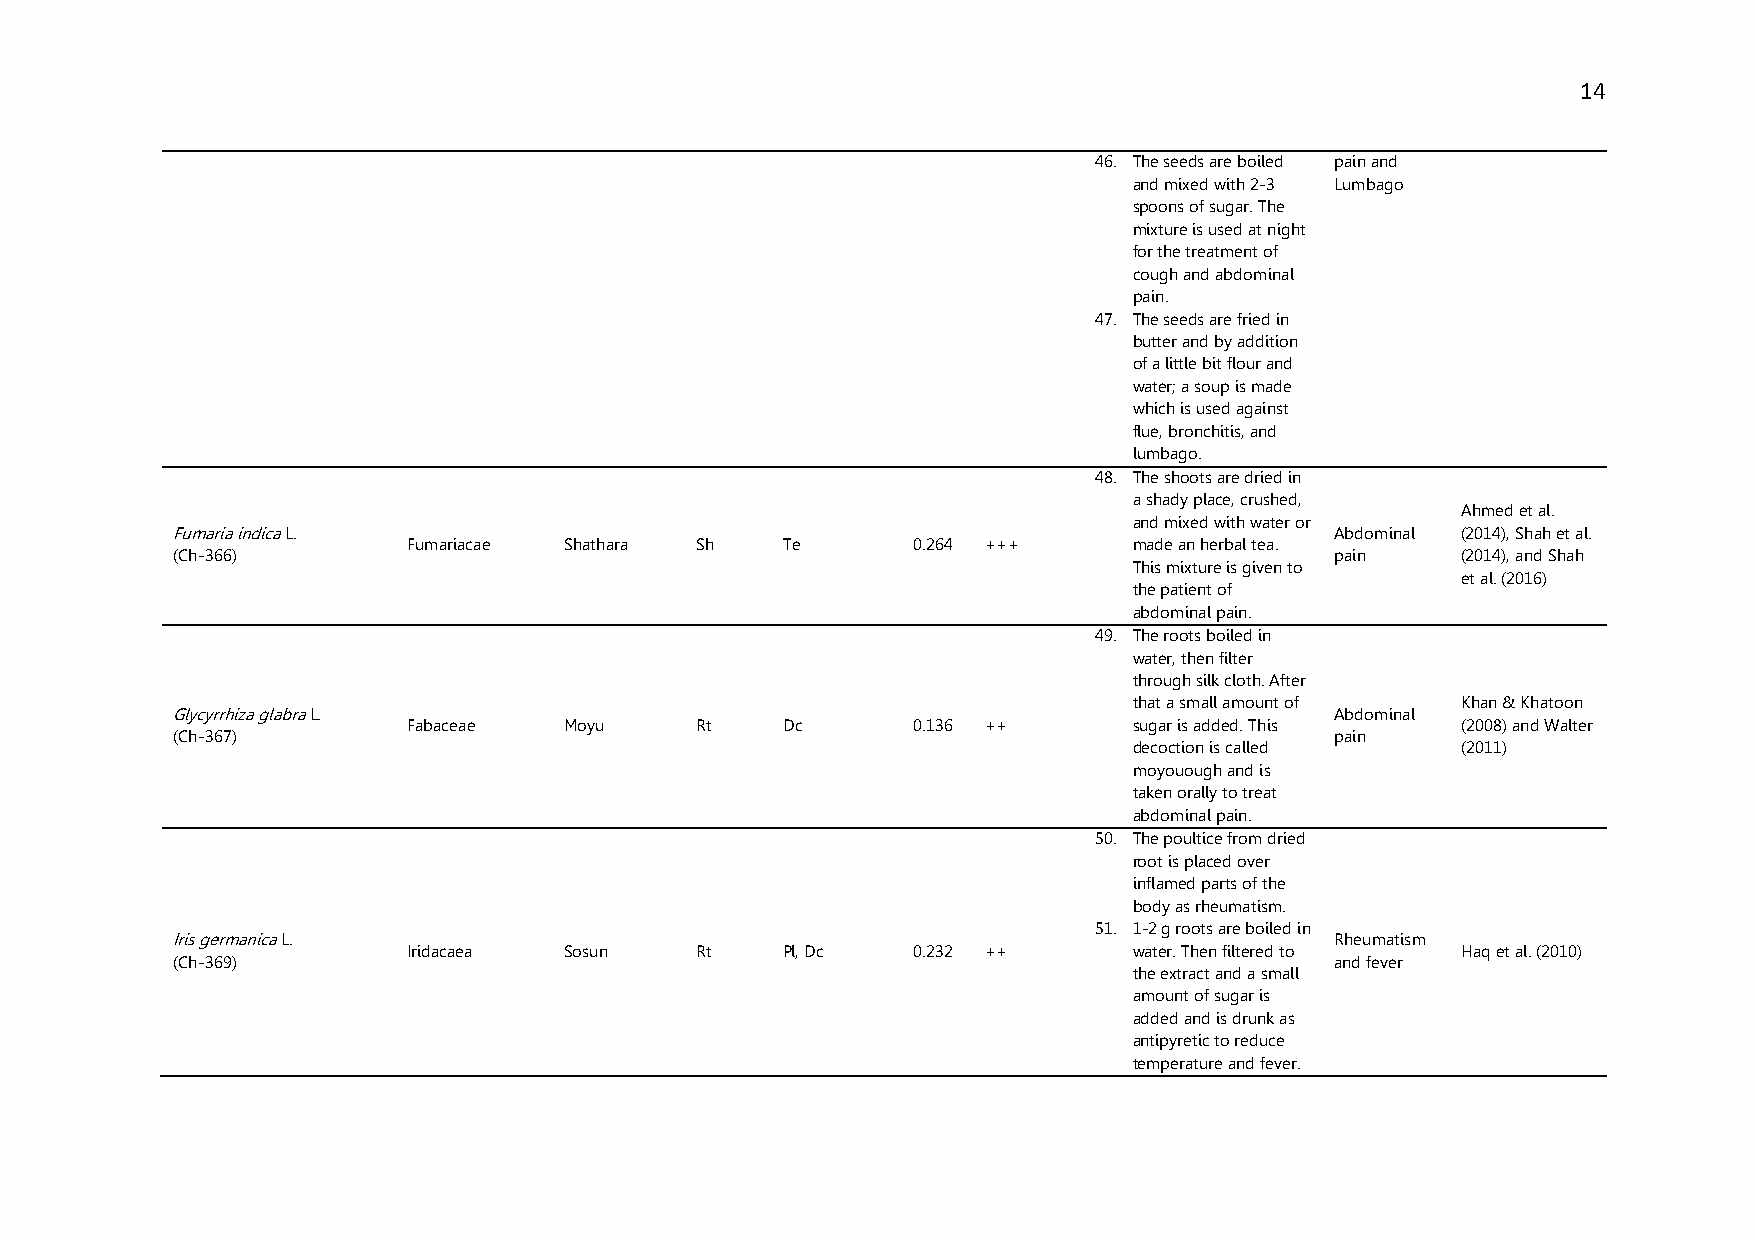
14
 46. The seeds are boiled pain and
 and mixed with 2-3 Lumbago
 spoons of sugar. The
 mixture is used at night
 for the treatment of
 cough and abdominal
 pain.
 47. The seeds are fried in
 butter and by addition
 of a little bit flour and
 water; a soup is made
 which is used against
 flue, bronchitis, and
 lumbago.
 48. The shoots are dried in
 a shady place, crushed,
 Ahmed et al.
 and mixed with water or
 Fumaria indica L.                                                            Abdominal (2014), Shah et al.
 Fumariacae Shathara Sh   Te      0.264 +++      made an herbal tea.
 (Ch-366)                                                                     pain     (2014), and Shah
 This mixture is given to
 et al. (2016)
 the patient of
 abdominal pain.
 49. The roots boiled in
 water, then filter
 through silk cloth. After
 that a small amount of Khan & Khatoon
 Glycyrrhiza glabra L.                                                        Abdominal
 Fabaceae  Moyu     Rt    Dc      0.136 ++       sugar is added. This  (2008) and Walter
 (Ch-367)                                                                     pain
 decoction is called   (2011)
 moyouough and is
 taken orally to treat
 abdominal pain.
 50. The poultice from dried
 root is placed over
 inflamed parts of the
 body as rheumatism.
 51. 1-2 g roots are boiled in
 Iris germanica L.                                                            Rheumatism
 Iridacaea Sosun    Rt    Pl, Dc  0.232 ++       water. Then filtered to Haq et al. (2010)
 (Ch-369)                                                                     and fever
 the extract and a small
 amount of sugar is
 added and is drunk as
 antipyretic to reduce
 temperature and fever.